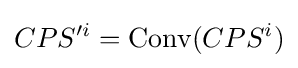
CPS'^{i}=\mathrm {Conv} (CPS^{i})